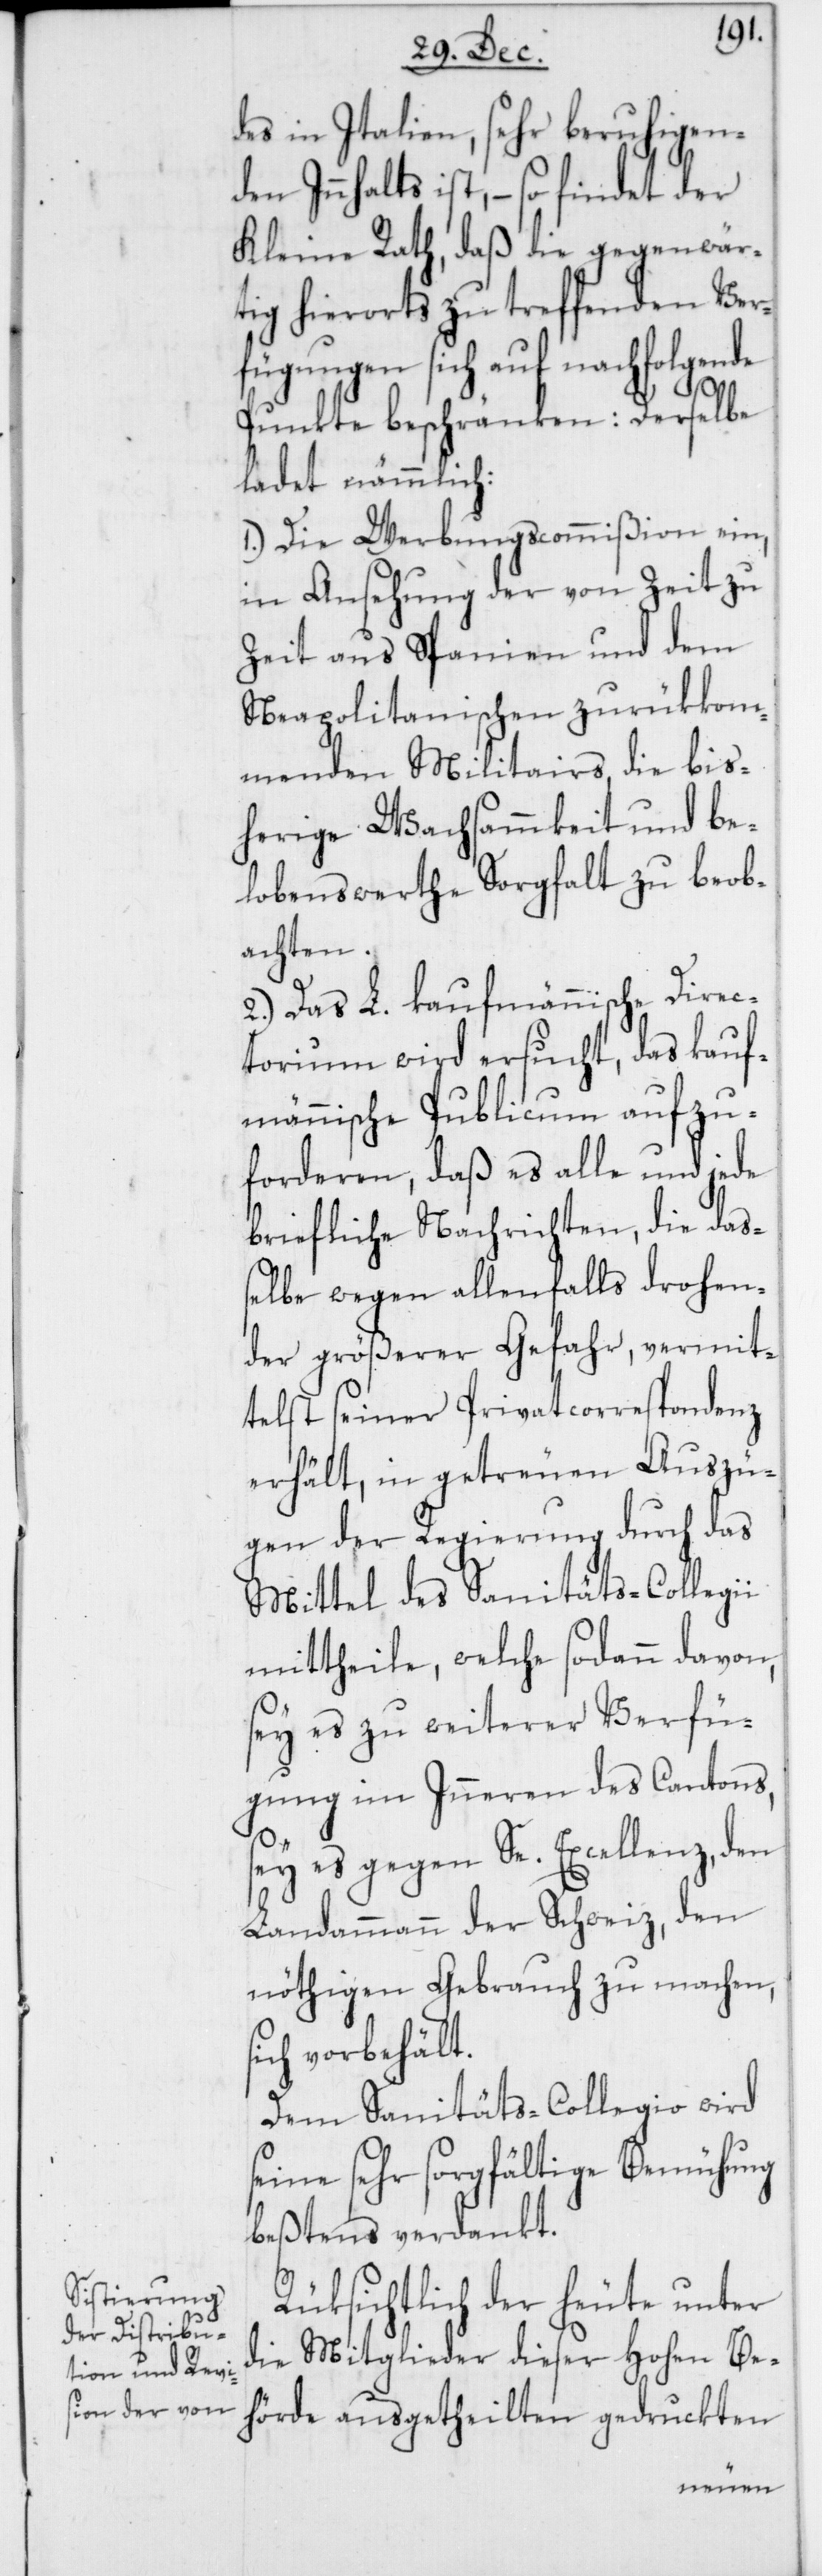
des in Italien, sehr beruhigenden
Innhalts ist, – so findet der
Kleine Rath, daß die gegenwär¬
tig hierorts zu treffenden Ver¬
fügungen sich auf nachfolgende
Punkte beschränken: Derselbe
ladet nämmlich:
1.) Die Werbungscommißion ein,
in Ansehung der von Zeit zu
Zeit aus Spanien und dem
Neapolitanischen zurükkom¬
menden Militairs, die bis¬
herige Wachsammkeit und be¬
lobenswerthe Sorgfalt zu beob¬
achten.
2.) Das L. kaufmännische Direc¬
torium wird ersucht, das kauf¬
männische Publicum aufzu¬
forderen, daß es alle und jede
briefliche Nachrichten, die das¬
selbe wegen allenfalls drohen¬
der größerer Gefahr, vermit¬
telst seiner Privatcorrespondenz
erhält, in getreuen Auszü¬
gen der Regierung durch das
Mittel des Sanitäts-Collegii
mittheile, welche sodann davon,
sey es zu weiterer Verfü¬
gung im Inneren des Cantons,
sey es gegen Se. Excellenz, den
Landammann der Schweiz, den
nöthigen Gebrauch zu machen,
sich vorbehält.
Dem Sanitäts-Collegio wird
seine sehr sorgfältige Bemühung
bestens verdankt.
Rüksichtlich der heute unter
die Mitglieder dieser Hohen Be¬
hörde ausgetheilten gedruckten